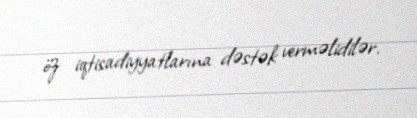
öz iqtisadiyyatlarına dəstək verməlidilər.